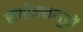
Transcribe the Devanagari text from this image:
संयोजकसूत्रों